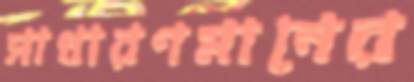
সাধারণমানের